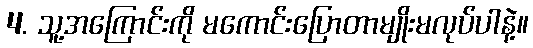
4. သူ့အကြောင်းကို မကောင်းပြောတာမျိုးမလုပ်ပါနဲ့။